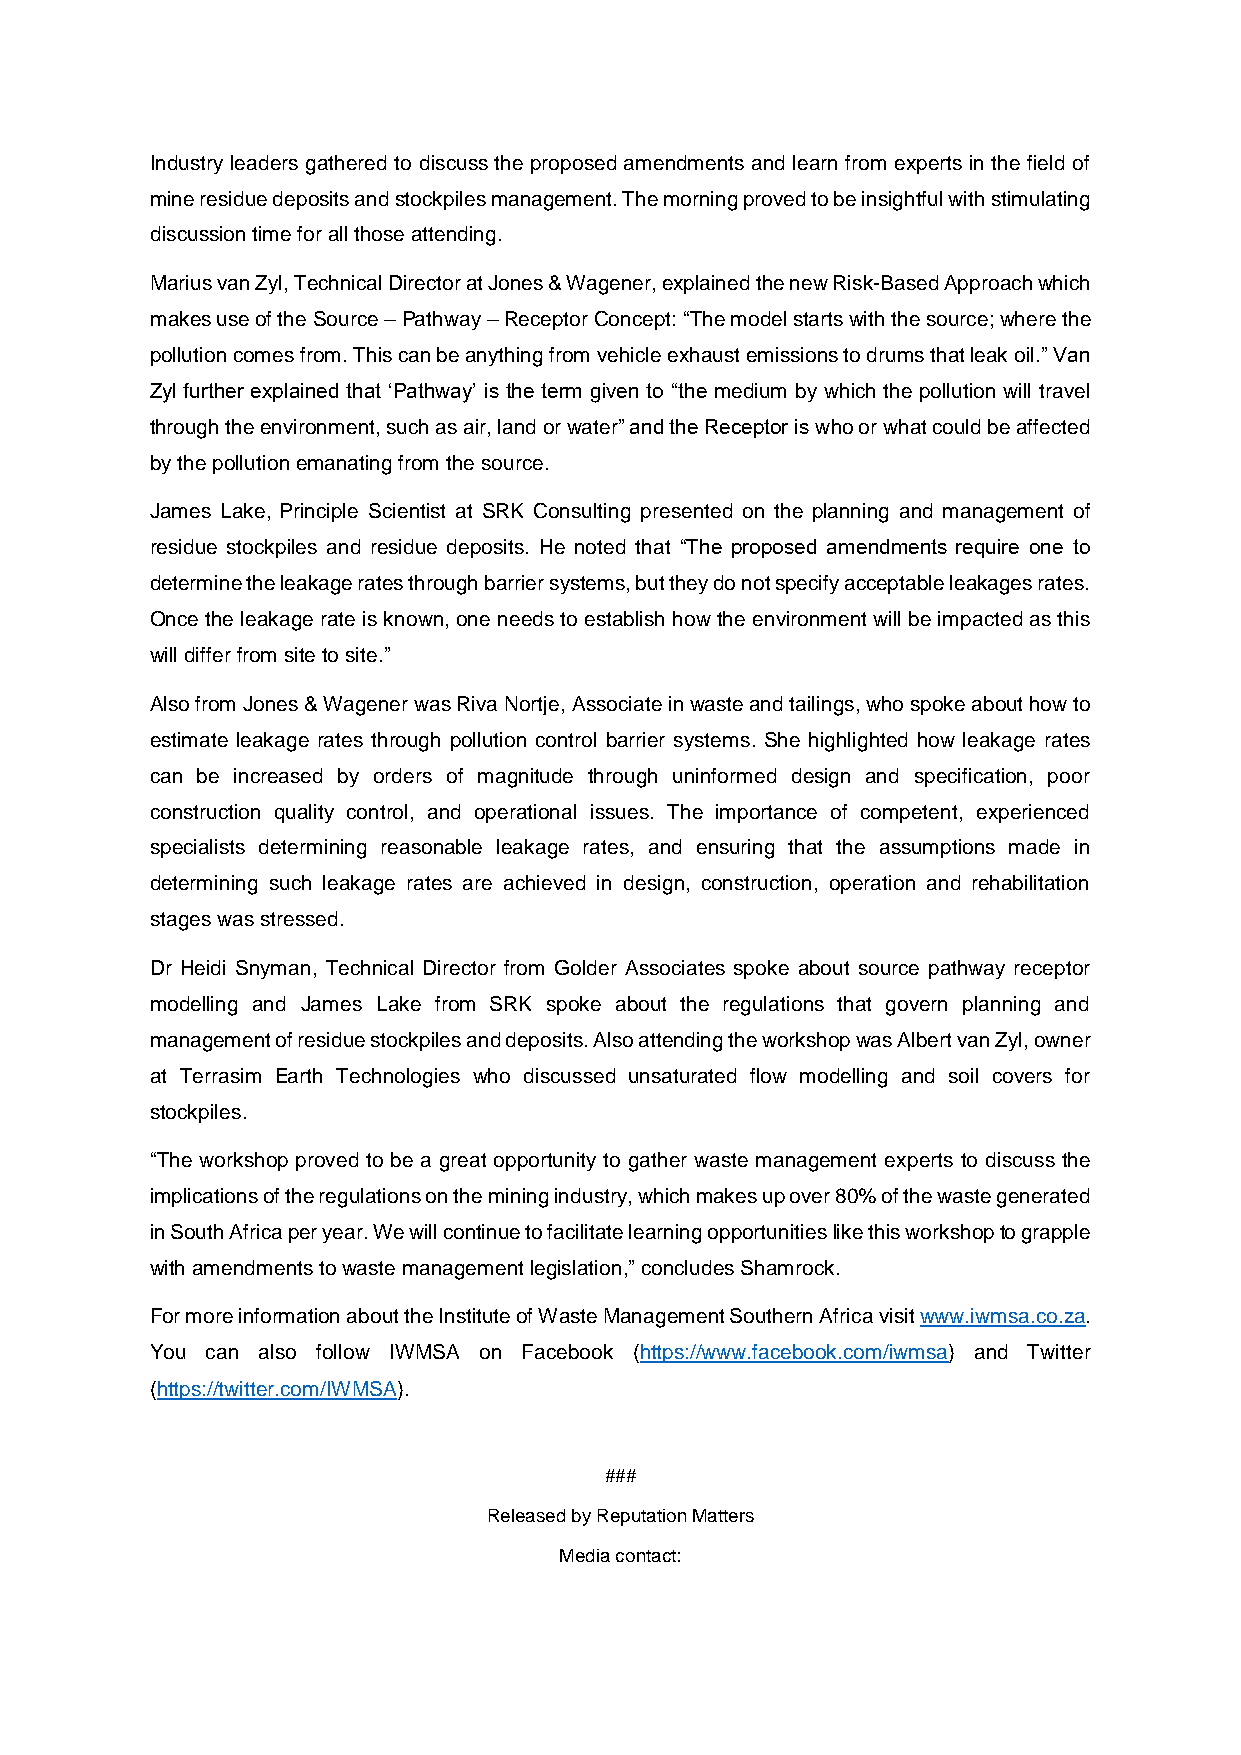
Industry leaders gathered to discuss the proposed amendments and learn from experts in the field of
 mine residue deposits and stockpiles management. The morning proved to be insightful with stimulating
 discussion time for all those attending.
 Marius van Zyl, Technical Director at Jones & Wagener, explained the new Risk-Based Approach which
 makes use of the Source – Pathway – Receptor Concept: “The model starts with the source; where the
 pollution comes from. This can be anything from vehicle exhaust emissions to drums that leak oil.” Van
 Zyl further explained that ‘Pathway’ is the term given to “the medium by which the pollution will travel
 through the environment, such as air, land or water” and the Receptor is who or what could be affected
 by the pollution emanating from the source.
 James Lake, Principle Scientist at SRK Consulting presented on the planning and management of
 residue stockpiles and residue deposits. He noted that “The proposed amendments require one to
 determine the leakage rates through barrier systems, but they do not specify acceptable leakages rates.
 Once the leakage rate is known, one needs to establish how the environment will be impacted as this
 will differ from site to site.”
 Also from Jones & Wagener was Riva Nortje, Associate in waste and tailings, who spoke about how to
 estimate leakage rates through pollution control barrier systems. She highlighted how leakage rates
 can be increased by orders of magnitude through uninformed design and specification, poor
 construction quality control, and operational issues. The importance of competent, experienced
 specialists determining reasonable leakage rates, and ensuring that the assumptions made in
 determining such leakage rates are achieved in design, construction, operation and rehabilitation
 stages was stressed.
 Dr Heidi Snyman, Technical Director from Golder Associates spoke about source pathway receptor
 modelling and James Lake from SRK spoke about the regulations that govern planning and
 management of residue stockpiles and deposits. Also attending the workshop was Albert van Zyl, owner
 at Terrasim Earth Technologies who discussed unsaturated flow modelling and soil covers for
 stockpiles.
 “The workshop proved to be a great opportunity to gather waste management experts to discuss the
 implications of the regulations on the mining industry, which makes up over 80% of the waste generated
 in South Africa per year. We will continue to facilitate learning opportunities like this workshop to grapple
 with amendments to waste management legislation,” concludes Shamrock.
 For more information about the Institute of Waste Management Southern Africa visit www.iwmsa.co.za.
 You can also follow IWMSA on Facebook (https://www.facebook.com/iwmsa) and Twitter
 (https://twitter.com/IWMSA).
 ###
 Released by Reputation Matters
 Media contact: